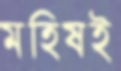
মহিষই